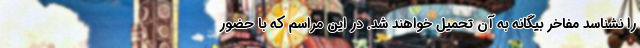
را نشناسد مفاخر بیگانه به آن تحمیل خواهند شد. در این مراسم که با حضور